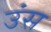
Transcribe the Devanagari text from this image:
उंस